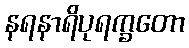
နရနာရိပုရက္ခတော